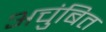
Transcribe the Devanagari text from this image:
अचुंबित